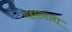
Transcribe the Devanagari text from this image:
वहातांना